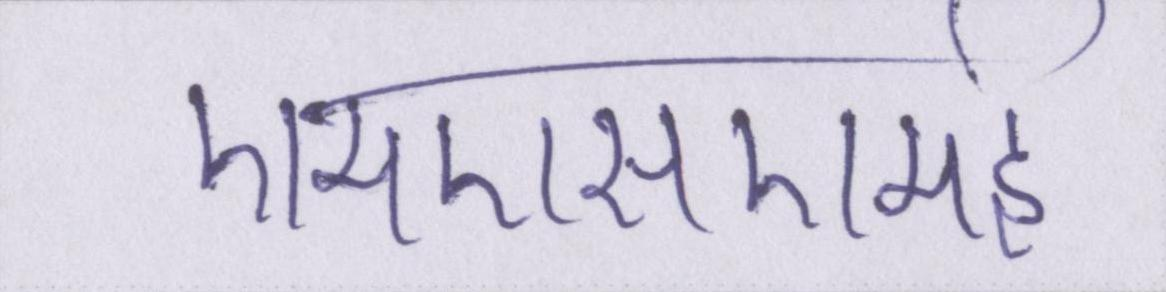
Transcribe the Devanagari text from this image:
एमएसएमई